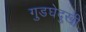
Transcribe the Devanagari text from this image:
गुडघेदुखी